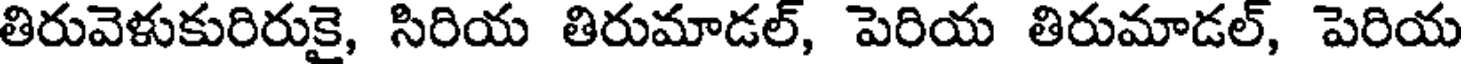
తిరువెళుకురిరుకై, సిరియ తిరుమాడల్, పెరియ తిరుమాడల్, పెరియ